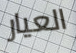
العيار